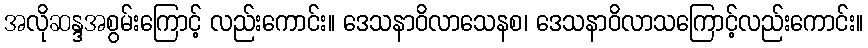
အလိုဆန္ဒအစွမ်းကြောင့် လည်းကောင်း။ ဒေသနာဝိလာသေနစ၊ ဒေသနာဝိလာသကြောင့်လည်းကောင်း။